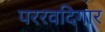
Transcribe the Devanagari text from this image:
पररवदिगार